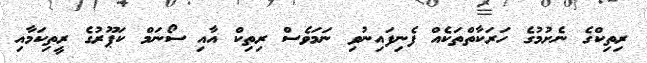
ރިތިކްގެ ނެށުމުގެ ހަރަކާތްތަކެއް ފެނިފައިނުވި ނަމަވެސް ރިތިކް އާއި ސޯނަމް ކަޕޫރުގެ ރީތިކަމާއި